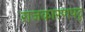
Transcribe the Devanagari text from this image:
राजकारणपटु